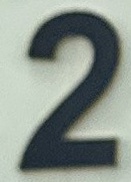
2